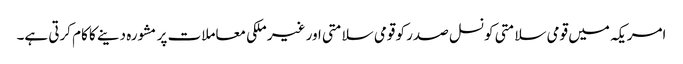
امریکہ میں قومی سلامتی کونسل صدر کو قومی سلامتی اور غیر ملکی معاملات پر مشورہ دینے کا کام کرتی ہے۔